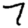
Digit: 7